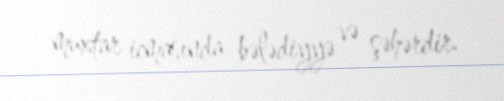
muxtar icmasında bələdiyyə və şəhərdir.